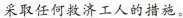
采取任何救济工人的措施。